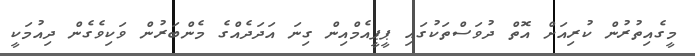
މީގެއިތުރުން ކުރިއަށް އޮތް ދުވަސްތަކުގައި ޕީޕީއެމްއިން ގިނަ އަދަދެއްގެ މެންބަރުން ވަކިވެގެން ދިއުމަކީ